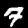
Label: 7